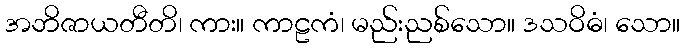
အဘိဇာယတီတိ၊ ကား။ ကာဠကံ၊ မည်းညစ်သော။ ဒသဝိဓံ၊ သော။